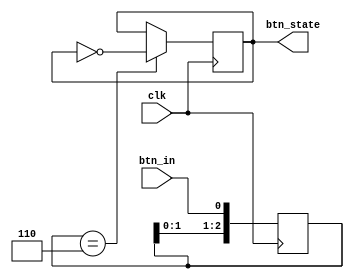
`timescale 1ns / 1ps

module debouncer(
    input wire clk,
    input wire btn_in,
    output reg btn_state
);

    reg [2:0] hist;

    initial
        btn_state = 0;

    always @(posedge clk) begin
        hist <= {hist[1:0], btn_in};
        if (hist == 3'b110)
            btn_state <= ~btn_state;
    end

endmodule